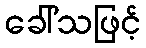
ခေါ်သဖြင့်